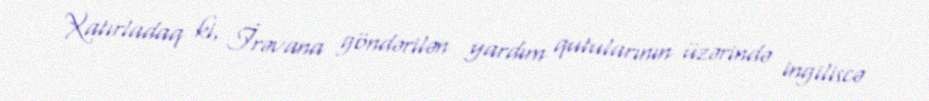
Xatırladaq ki, İrəvana göndərilən yardım qutularının üzərində ingiliscə